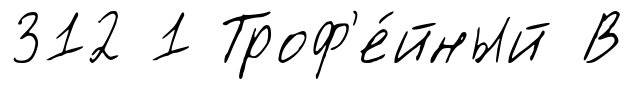
312 1 Троф'е́йный В